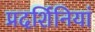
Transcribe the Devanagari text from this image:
प्रदर्शिनियां